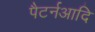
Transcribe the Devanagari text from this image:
पैटर्नआदि